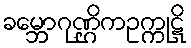
ခမ္ဘောဂုဏ္ဌိကဥက္ကုဋိ